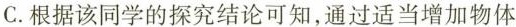
C.根据该同学的探究结论可知，通过适当增加物体